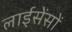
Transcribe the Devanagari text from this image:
लाईसेंसों